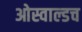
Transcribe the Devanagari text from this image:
ओस्वाल्डच